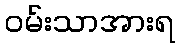
ဝမ်းသာအားရ